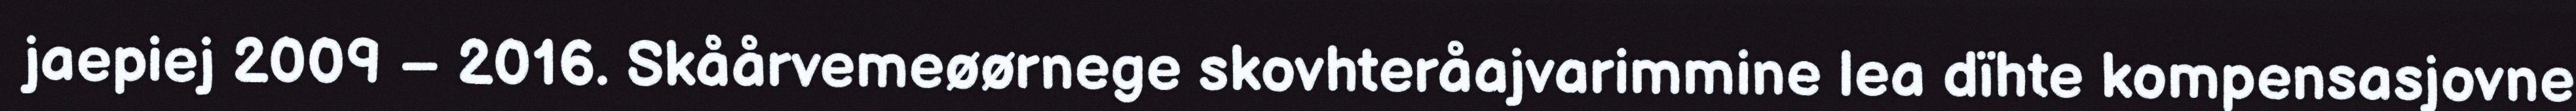
jaepiej 2009 – 2016. Skåårvemeøørnege skovhteråajvarimmine lea dïhte kompensasjovne